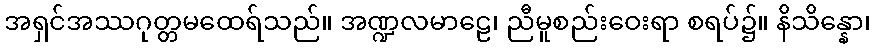
အရှင်အဿဂုတ္တမထေရ်သည်။ အဏ္ဍလမာဠေ၊ ညီမူစည်းဝေးရာ စရပ်၌။ နိသိန္နော၊